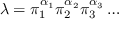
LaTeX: \lambda = \pi _ { 1 } ^ { \alpha _ { 1 } } \pi _ { 2 } ^ { \alpha _ { 2 } } \pi _ { 3 } ^ { \alpha _ { 3 } } \dots